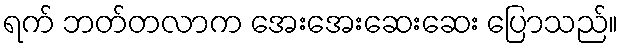
ရက် ဘတ်တလာက အေးအေးဆေးဆေး ပြောသည်။